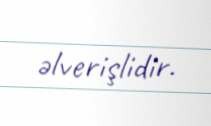
əlverişlidir.